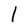
Character: l